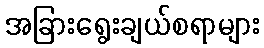
အခြားရွေးချယ်စရာများ